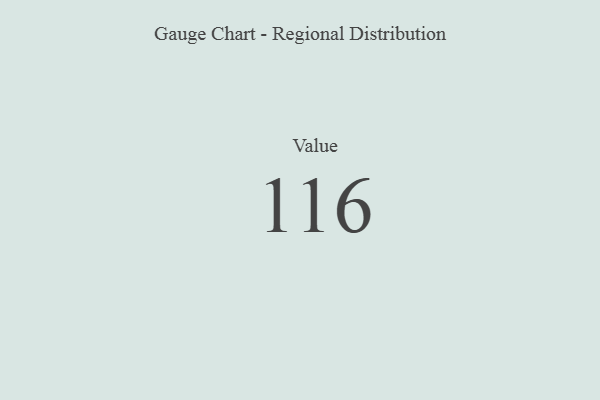
{"axis": {"x": "Metric", "y": "Value"}, "legend": [""], "data": [{"x": "Value", "y": 116, "type": ""}]}